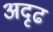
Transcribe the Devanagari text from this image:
अदृढ